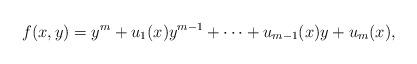
LaTeX: \begin{align*} f(x, y) = y^m+ u_1 (x) y^{m-1} + \dots + u_{m-1} (x) y + u_m (x),\end{align*}